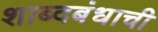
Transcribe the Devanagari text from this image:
शाब्दबंधाची